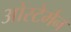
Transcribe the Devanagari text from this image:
ओस्टेर्मन